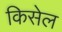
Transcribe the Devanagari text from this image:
किसेल